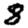
Digit: 8